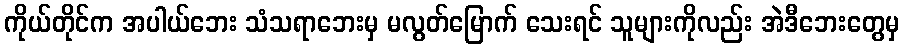
ကိုယ်တိုင်က အပါယ်ဘေး သံသရာဘေးမှ မလွတ်မြောက် သေးရင် သူများကိုလည်း အဲဒီဘေးတွေမှ